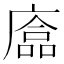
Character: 𢊴